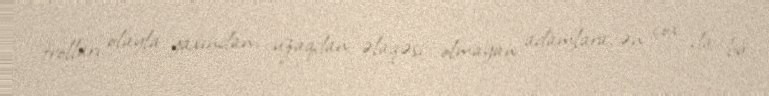
trolları olayla yaxından, uzaqdan əlaqəsi olmayan adamlara, ən çox da bu